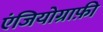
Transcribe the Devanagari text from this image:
एंजियोग्राफ़ी